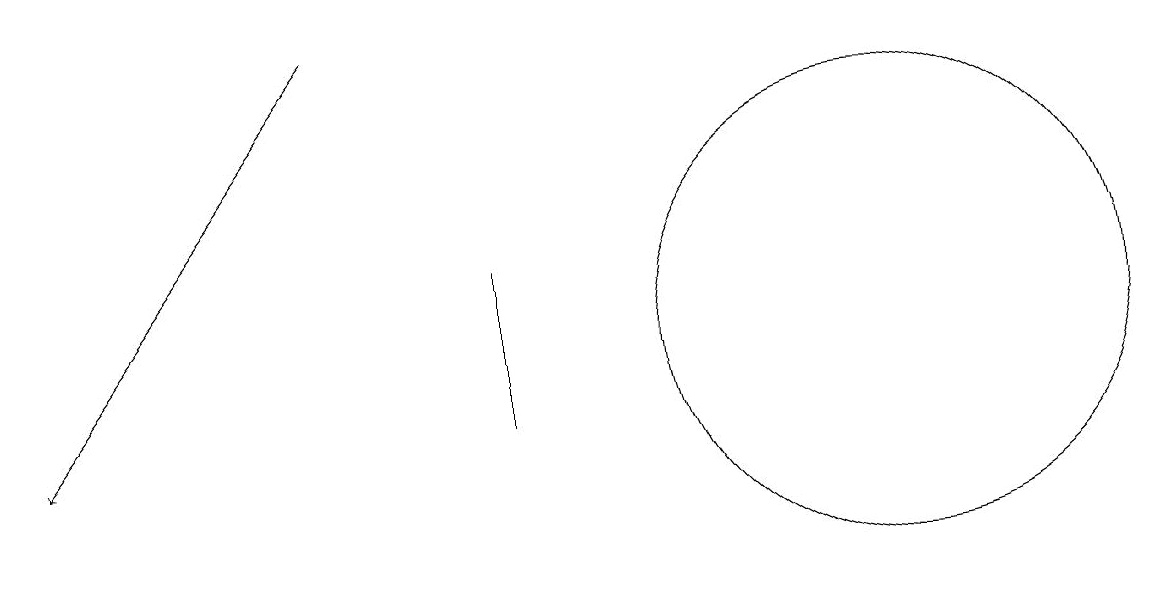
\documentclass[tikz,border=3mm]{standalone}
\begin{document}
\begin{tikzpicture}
\draw (11,12) circle (3);
\draw (6,11) rectangle (6,13);
\draw[->] (4,16) -- (0,11);
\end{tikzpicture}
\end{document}